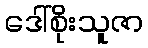
ဒေါ်စိုးသူဇာ